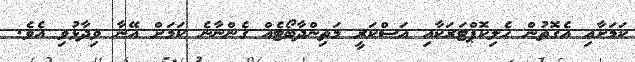
ކަމަށާއި އެގޮތުން ހެލިކޮޕްޓަރަކާއި އަސްކަރީ މަތިންދާބޯޓެއް ގެންނާނެ ކަމަށް އޭނާ ވިދާޅުވި އެވެ.